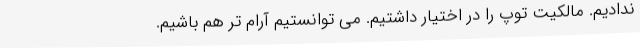
ندادیم. مالکیت توپ را در اختیار داشتیم. می توانستیم آرام تر هم باشیم.